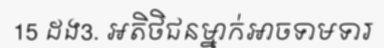
15 ដង3. អតិថិជនម្នាក់អាចទាមទារ